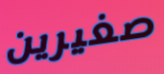
صغيرين